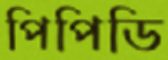
পিপিডি